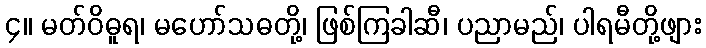
၄။ မတ်ဝိဓူရ၊ မဟော်သဓတို့၊ ဖြစ်ကြခါဆီ၊ ပညာမည်၊ ပါရမီတို့ဖျား